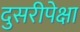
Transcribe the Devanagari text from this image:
दुसरीपेक्षा